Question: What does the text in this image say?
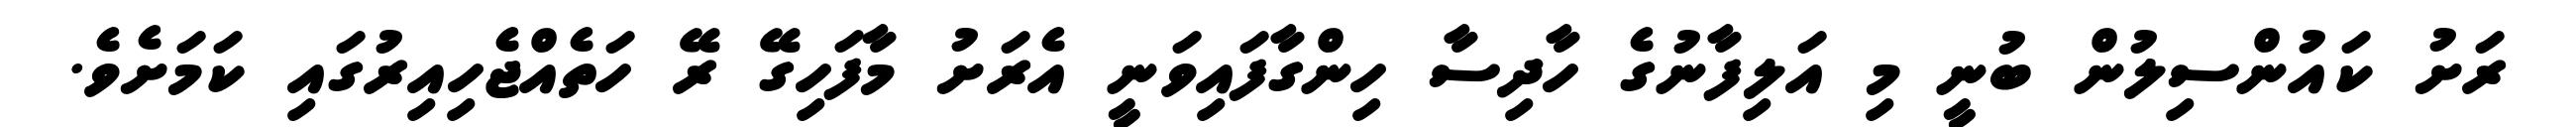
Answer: ރަށު ކައުންސިލުން ބުނީ މި އަލިފާނުގެ ހާދިސާ ހިންގާފައިވަނީ އެރަށު މާފަހިގޭ ރޭ ހަތެއްޖެހިއިރުގައި ކަމަށެވެ.